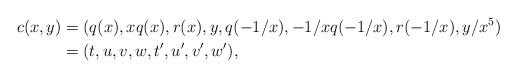
LaTeX: \begin{align*} c (x,y) & = (q(x), x q(x), r(x), y, q(-1/x), -1/x q(-1/x), r(-1/x), y/x^5) \\ & = (t,u,v,w,t',u',v',w'), \end{align*}